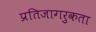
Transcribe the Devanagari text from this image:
प्रतिजागरुकता